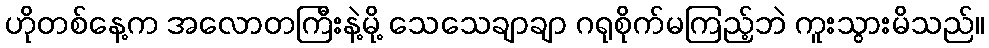
ဟိုတစ်နေ့က အလောတကြီးနဲ့မို့ သေသေချာချာ ဂရုစိုက်မကြည့်ဘဲ ကူးသွားမိသည်။